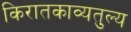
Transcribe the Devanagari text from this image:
किरातकाव्यतुल्य